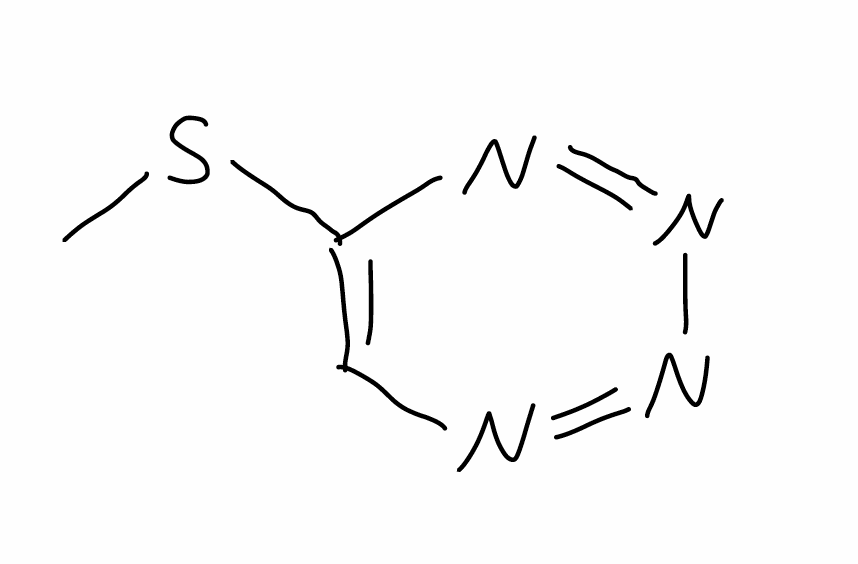
Simplified molecular-input line-entry system (SMILES) notation of the given molecule:
CSC1=CN=NN=N1